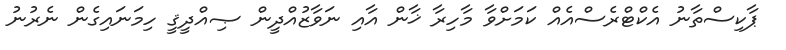
ޕާކިސްތާނު އެކްޓްރެސްއެއް ކަމަށްވާ މާހިރާ ޚާން އާއި ނަވާޒުއްދީން ޞިއްދީޤީ ހިމަނައިގެން ނެރުނު